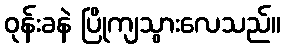
ဝုန်းခနဲ ပြိုကျသွားလေသည်။